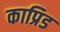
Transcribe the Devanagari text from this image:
काप्रिड